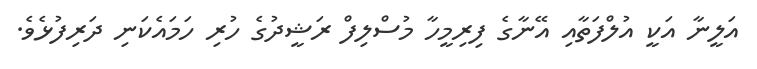
އަލީނާ އަކީ އުލްފަތާއި އޭނާގެ ފިރިމީހާ މުސްލިފް ރަޝީދުގެ ހުރި ހަމައެކަނި ދަރިފުޅެވެ.